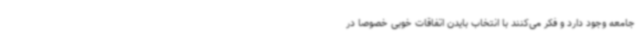
جامعه وجود دارد و فکر می‌کنند با انتخاب بایدن اتفاقات خوبی خصوصا در